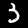
Label: 3